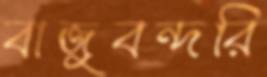
বাজুবন্দরি